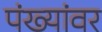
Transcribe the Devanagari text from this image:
पंख्यांवर